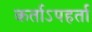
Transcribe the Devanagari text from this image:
कर्ताऽपहर्ता